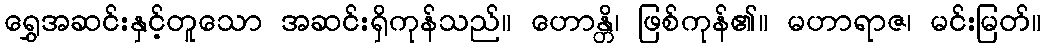
ရွှေအဆင်းနှင့်တူသော အဆင်းရှိကုန်သည်။ ဟောန္တိ၊ ဖြစ်ကုန်၏။ မဟာရာဇ၊ မင်းမြတ်။